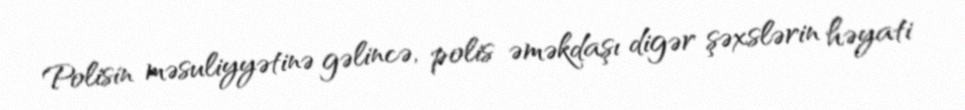
Polisin məsuliyyətinə gəlincə, polis əməkdaşı digər şəxslərin həyati